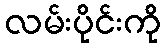
လမ်းပိုင်းကို